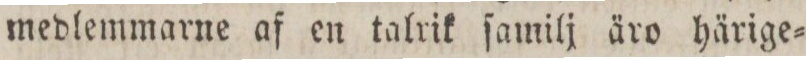
medlemmarne af en talrik ſamilj äro härige=